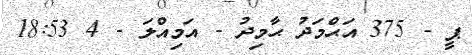
ޕީ - 375 އަޙްމަދު ޙާމިދު - އަމިއްލަ - 4 18:53